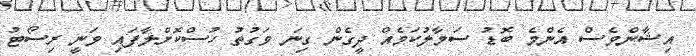
އިޝާންވެސް އެންމެ ބޮޑު ސަމާލުކަމެއް ދީގެން ގިނަ ވަގުތު ހުސްކޮށްލާފައި ވަނީ ރިސޯޓު